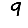
Digit: 9